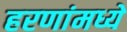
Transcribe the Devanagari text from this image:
हरणांमध्ये